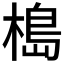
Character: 槝